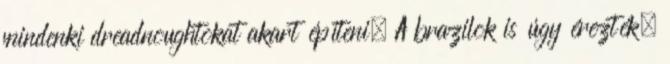
mindenki dreadnoughtokat akart építeni. A brazilok is úgy érezték,